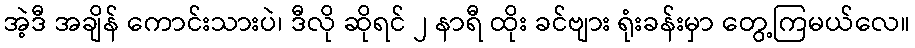
အဲ့ဒီ အချိန် ကောင်းသားပဲ၊ ဒီလို ဆိုရင် ၂ နာရီ ထိုး ခင်ဗျား ရုံးခန်းမှာ တွေ့ကြမယ်လေ။